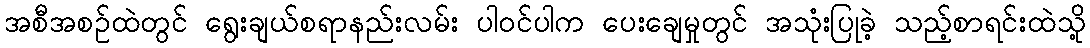
အစီအစဉ်ထဲတွင် ရွေးချယ်စရာနည်းလမ်း ပါဝင်ပါက ပေးချေမှုတွင် အသုံးပြုခဲ့ သည့်စာရင်းထဲသို့